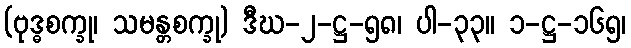
(ဗုဒ္ဓစက္ခု၊ သမန္တစက္ခု) ဒီဃ-၂-ဋ္ဌ-၅၈၊ ပါ-၃၃။ ၁-ဋ္ဌ-၁၆၅၊